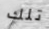
تلك